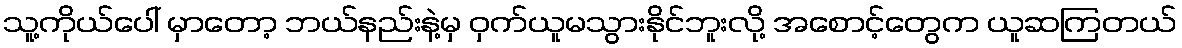
သူ့ကိုယ်ပေါ် မှာတော့ ဘယ်နည်းနဲ့မှ ဝှက်ယူမသွားနိုင်ဘူးလို့ အစောင့်တွေက ယူဆကြတယ်